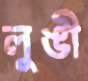
লুঙী